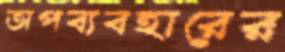
অপব্যবহারের